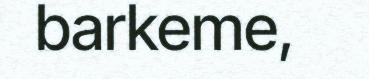
barkeme,